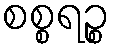
စစ္စရဉ္စ